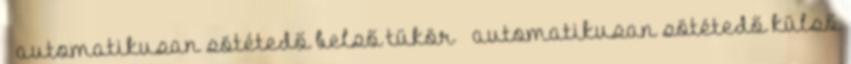
– automatikusan sötétedő belső tükör – automatikusan sötétedő külső